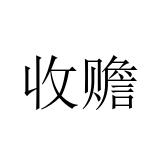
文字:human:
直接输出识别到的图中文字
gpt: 收赡